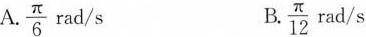
A.\frac{\pi}{6} rad / s B.\frac{\pi}{12} rad / s